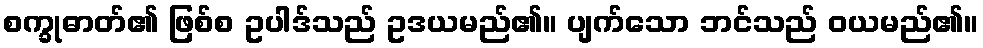
စက္ခုဓာတ်၏ ဖြစ်စ ဥပါဒ်သည် ဥဒယမည်၏။ ပျက်သော ဘင်သည် ဝယမည်၏။